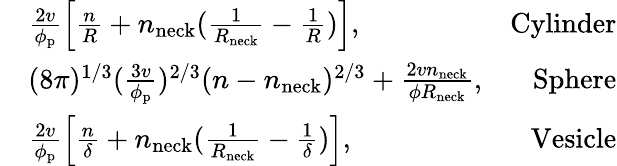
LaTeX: \begin{array}{rlr}&{\frac{2v}{\phi_{\mathrm{p}}}\left[\frac{n}{R}+n_{\mathrm{neck}}(\frac{1}{R_{\mathrm{neck}}}-\frac{1}{R})\right],}&{\mathrm{Cylinder}}\\ &{(8\pi)^{1/3}(\frac{3v}{\phi_{\mathrm{p}}})^{2/3}(n-n_{\mathrm{neck}})^{2/3}+\frac{2vn_{\mathrm{neck}}}{\phi R_{\mathrm{neck}}},}&{\mathrm{Sphere}}\\ &{\frac{2v}{\phi_{\mathrm{p}}}\left[\frac{n}{\delta}+n_{\mathrm{neck}}(\frac{1}{R_{\mathrm{neck}}}-\frac{1}{\delta})\right],}&{\mathrm{Vesicle}}\end{array}